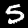
Label: 5